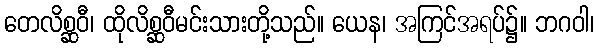
တေလိစ္ဆဝီ၊ ထိုလိစ္ဆဝီမင်းသားတို့သည်။ ယေန၊ အကြင်အရပ်၌။ ဘဂဝါ၊